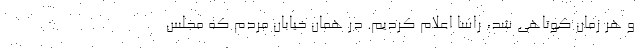
و هر زمان کوتاهی شد، راسا اعلام کردیم. در همان خیابان مردم که مجلس